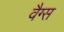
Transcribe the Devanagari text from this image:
वैग्स